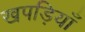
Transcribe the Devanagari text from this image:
खपड़ियाँ